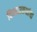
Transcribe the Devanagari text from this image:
विस्तारकक्षांचा